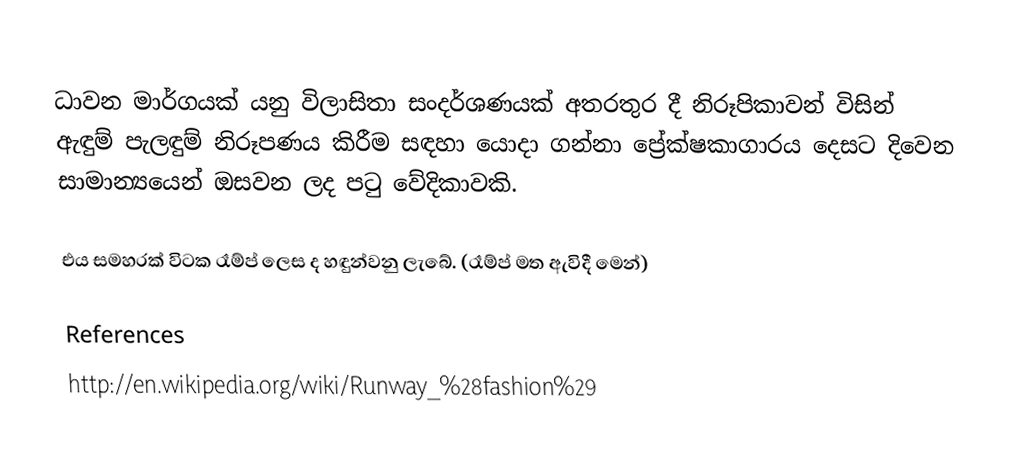
ධාවන මාර්ගයක් යනු විලාසිතා සංදර්ශණයක් අතරතුර දී නිරූපිකාවන් විසින් ඇඳුම් පැලඳුම් නිරූපණය කිරීම සඳහා යොදා ගන්නා ප්‍රේක්ෂකාගාරය දෙසට දිවෙන සාමාන්‍යයෙන් ඔසවන ලද පටු වේදිකාවකි.

එය සමහරක් විටක රෑම්ප් ලෙස ද හඳුන්වනු ‍ලැබේ. (රෑම්ප් මත ඇවිදී මෙන්)

References
http://en.wikipedia.org/wiki/Runway_%28fashion%29